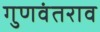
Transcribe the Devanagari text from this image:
गुणवंतराव